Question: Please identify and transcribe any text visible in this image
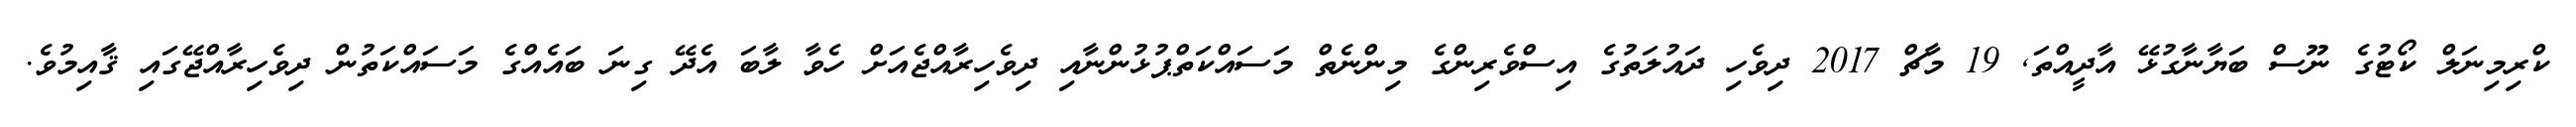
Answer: ކްރިމިނަލް ކޯޓުގެ ނޫސް ބަޔާނާގުޅޭ އާދީއްތަ, 19 މާޗް 2017 ދިވެހި ދައުލަތުގެ އިސްވެރިންގެ މިންނެތް މަސައްކަތްޕުޅުންނާއި ދިވެހިރާއްޖެއަށް ހެވާ ލާބަ އެދޭ ގިނަ ބައެއްގެ މަސައްކަތުން ދިވެހިރާއްޖޭގައި ޤާއިމުވެ.